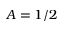
A = 1 / 2